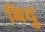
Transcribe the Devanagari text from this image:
बिदु